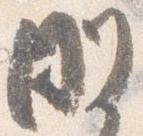
剛